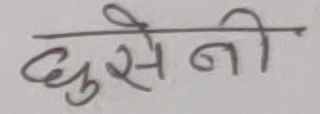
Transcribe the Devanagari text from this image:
घुसेनी